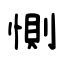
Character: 惻